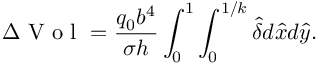
\Delta \textrm { V o l } = \frac { q _ { 0 } b ^ { 4 } } { \sigma h } \int _ { 0 } ^ { 1 } \int _ { 0 } ^ { 1 / k } \hat { \delta } d \hat { x } d \hat { y } .